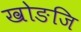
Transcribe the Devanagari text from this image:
खोङजि